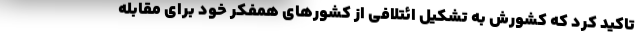
تاکید کرد که کشورش به تشکیل ائتلافی از کشورهای همفکر خود برای مقابله